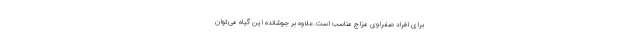
برای افراد صفراوی مزاج مناسب است. علاوه بر جوشانده این گیاه می‌توان